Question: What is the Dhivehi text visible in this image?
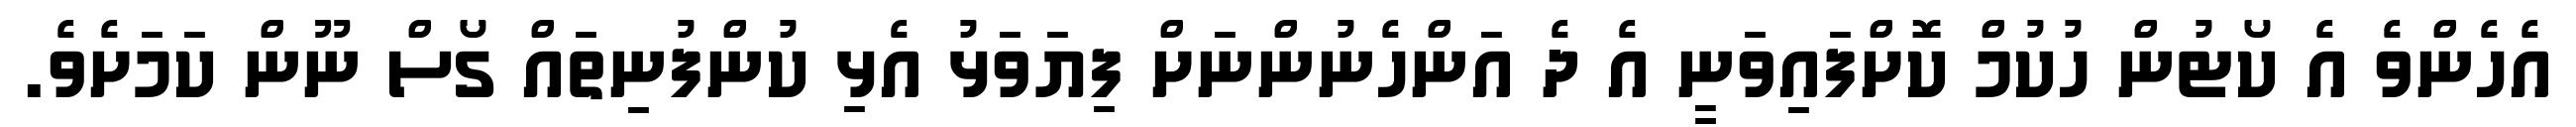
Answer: އެހެންވެ އެ ކޯޓުން ހުކުމް ކޮށްފައިވަނީ އެ ދެ އަންހެނުންނަށް ފިޔަވަޅު އެޅި ކުންފުނިތައް ގޯސް ނޫން ކަމަށެވެ.